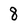
Character: 8